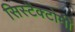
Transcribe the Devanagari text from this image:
सिस्टैक्टोमी